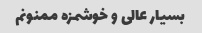
بسیار عالی و خوشمزه ممنونم